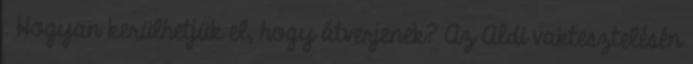
. Hogyan kerülhetjük el, hogy átverjenek? Az Aldi vaktesztelésén